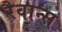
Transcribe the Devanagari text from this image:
रैवान्स